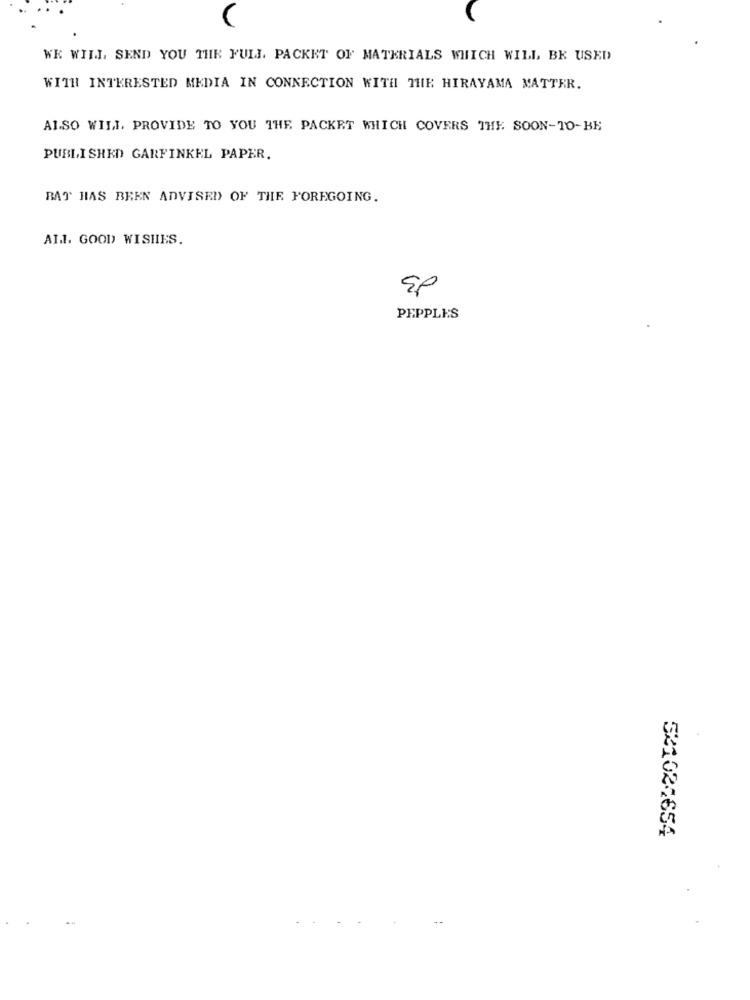
WE WILL SEND YOU THE FULL. PACKET OF MATERIALS WHICH WILL BE USED
WITH INTERESTED MEDIA IN CONNECTION WITH THE HIRAYAMA MATTER.
ALSO WILL PROVIDE TO YOU THE PACKET WHICH COVERS THE SOON-TO-BE
PUBLISHED GARFINKEL PAPER.
BAT HAS BEEN ADVISED OF THE FOREGOING.
AId. GOOD WISHES.
EP
PEPPLES
521024654